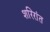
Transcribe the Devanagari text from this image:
शरिरांत